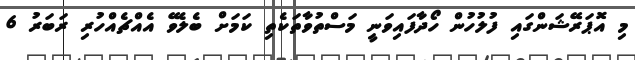
މި އޮޕަރޭޝަންގައި ފުލުހުން ހޯދާފައިވަނީ މަސްތުވާތަކެތި ކަމަށް ބެލެވޭ އެއްޗެއްހުރި ރަބަރު 6